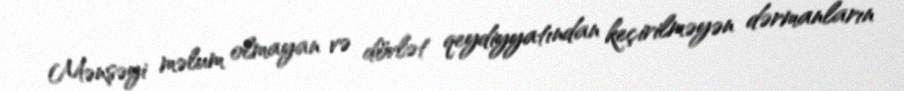
Mənşəyi məlum olmayan və dövlət qeydiyyatından keçirilməyən dərmanların